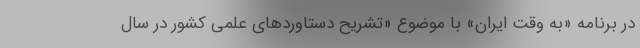
در برنامه «به وقت ایران» با موضوع «تشریح دستاوردهای علمی کشور در سال